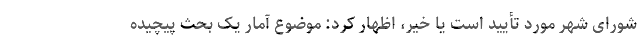
شورای شهر مورد تأیید است یا خیر، اظهار کرد: موضوع آمار یک بحث پیچیده